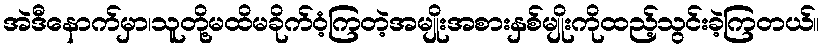
အဲဒီနောက်မှာ၊သူတို့မထိမခိုက်ဝံ့ကြတဲ့အမျိုးအစားနှစ်မျိုးကိုထည့်သွင်းခဲ့ကြတယ်။